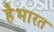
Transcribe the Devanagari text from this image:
हैभारत